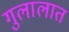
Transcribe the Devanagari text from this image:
गुलालात